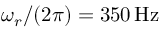
\omega _ { r } / ( 2 \pi ) = 3 5 0 \, \mathrm { { H z } }